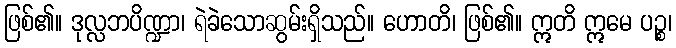
ဖြစ်၏။ ဒုလ္လဘပိဏ္ဍာ၊ ရဲခဲသောဆွမ်းရှိသည်။ ဟောတိ၊ ဖြစ်၏။ ဣတိ ဣမေ ပဉ္စ၊